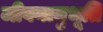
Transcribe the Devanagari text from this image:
जीवनानुभूति